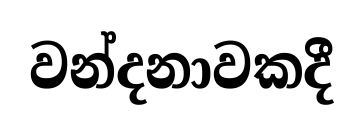
වන්දනාවකදී